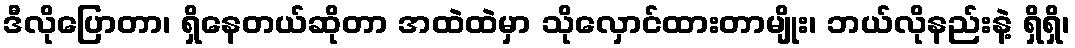
ဒီလိုပြောတာ၊ ရှိနေတယ်ဆိုတာ အထဲထဲမှာ သိုလှောင်ထားတာမျိုး၊ ဘယ်လိုနည်းနဲ့ ရှိရှိ၊